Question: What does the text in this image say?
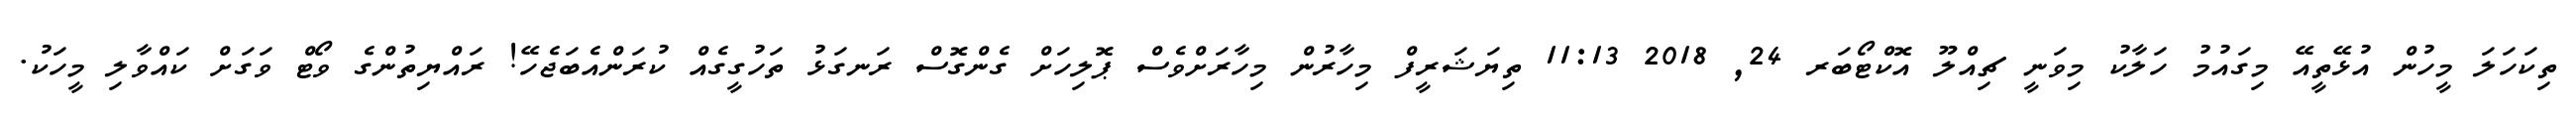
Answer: ތިކަހަލަ މީހުން އުޅޭތީއޭ މިގައުމު ހަލާކު މިވަނީ ޗިއްލޫ އޮކްޓޯބަރ 24, 2018 11:13 ތިޔަޝަރީފް މިހާރުން މިހާރަށްވެސް ޕޮލިހަށް ގެންގޮސް ރަނގަޅު ތަހުގީގެއް ކުރަންއެބަޖެހޭ! ރައްޔިތުންގެ ވޯޓް ވަގަށް ކައްވާލި މީހަކު.